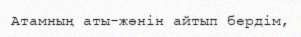
Атамның аты-жөнін айтып бердім,